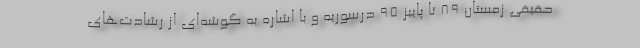
حقیقی زمستان ۸۹ تا پاییز ۹۵ درسوریه و با اشاره به گوشه‌ای از رشادت‌های